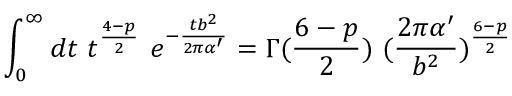
\int _ { 0 } ^ { \infty } d t ~ t ^ { \frac { 4 - p } { 2 } } ~ e ^ { - { \frac { t b ^ { 2 } } { 2 \pi \alpha ^ { \prime } } } } = \Gamma ( { \frac { 6 - p } { 2 } } ) ~ ( { \frac { 2 \pi \alpha ^ { \prime } } { b ^ { 2 } } } ) ^ { \frac { 6 - p } { 2 } }